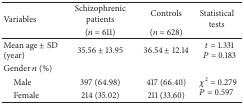
| <ROWSPAN=2> Variables | Schizophrenic patients | Controls | <ROWSPAN=2> Statistical tests |
 | (n = 611) | (n = 628) |
 | --- | --- | --- | --- |
 | Mean age ± SD (year) | 35.56 ± 13.95 | 36.54 ± 12.14 | t = 1.331P = 0.183 |
 | Gender n (%) |  |  |  |
 | Male | 397 (64.98) | 417 (66.40) | <ROWSPAN=2> χ2= 0.279 P = 0.597 |
 | Female | 214 (35.02) | 211 (33.60) |